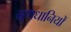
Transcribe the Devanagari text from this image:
भ्रूणधानियों